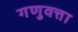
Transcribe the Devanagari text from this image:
गणुवत्ता